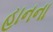
હાનના